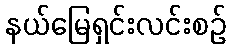
နယ်မြေရှင်းလင်းစဉ်